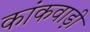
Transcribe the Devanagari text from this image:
कांकवाड़ी